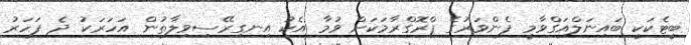
ބީޓެކަކީ ބައިނަލްއަގްވާމީ ފެންވަރުގެ ޕްރޮގްރާމަކަށް ވުމާ އެކު އިނގިރޭސިވިލާތުން އަހަރަކު ދެ ފަހަރު